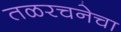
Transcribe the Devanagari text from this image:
तळरचनेचा